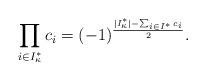
LaTeX: \begin{align*}\prod_{i\in I_\kappa^*}c_i = (-1)^{\frac{|I_\kappa^*|-\sum_{i\in I^*}c_i}{2}}.\end{align*}